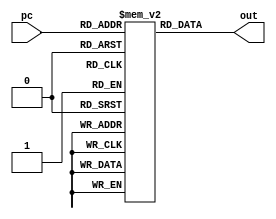

module memoria(pc, out);

    input [5:0] pc;
    output reg [15:0] out;

    reg [15:0] mem[63:0];

    initial begin
        // // Teste 1: 35 + 50 - 62 + 50 = 72
        // mem[0] = 16'b1010000000100010; // LDI R0, 34
        // mem[1] = 16'b1010010000110010; // LDI R1, 50
        // mem[2] = 16'b0000000010000000; // ADD R0 = R0 + R1
        // mem[3] = 16'b1010100000111110; // LDI R2, 62
        // mem[4] = 16'b0010000100000000; // SUB R0 = R0 - R2
        // mem[5] = 16'b0000000010000000; // ADD R0 = R0 + R1
        // mem[6] = 16'b1110110000000000; // REP R3 = R0
        // mem[7] = 16'b1000110000000000; // OUT R3
        // mem[8] = 16'b0110000000000000; // HALT

        // Teste 2: 6 * 6 = 36
        mem[0] = 16'b1010010000000001; // LDI R1, 1
        mem[1] = 16'b1010100000000101; // LDI R2, 5
        mem[2] = 16'b1010110000000110; // LDI R3, 6
        mem[3] = 16'b1111000110000000; // REP R4 = R3
        mem[4] = 16'b0000111000000000; // ADD R3 = R3 + R4
        mem[5] = 16'b0010100010000000; // SUB R2 = R2 - R1
        mem[6] = 16'b1100100000000010; // BNE R2 2
        mem[7] = 16'b1100001111111101; // BNE R0 -3
        mem[8] = 16'b1000110000000000; // OUT R3
        mem[9] = 16'b0110000000000000; // HALT
    end

    always @(pc) begin
        out = mem[pc];
    end
endmodule